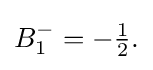
{\textstyle B_{1}^{-}=-{\frac {1}{2}}.}